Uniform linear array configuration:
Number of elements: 24
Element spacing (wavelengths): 0.5
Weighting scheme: uniform
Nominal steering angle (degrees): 60
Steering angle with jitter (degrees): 61.37
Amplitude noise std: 0.05
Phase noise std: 0.05

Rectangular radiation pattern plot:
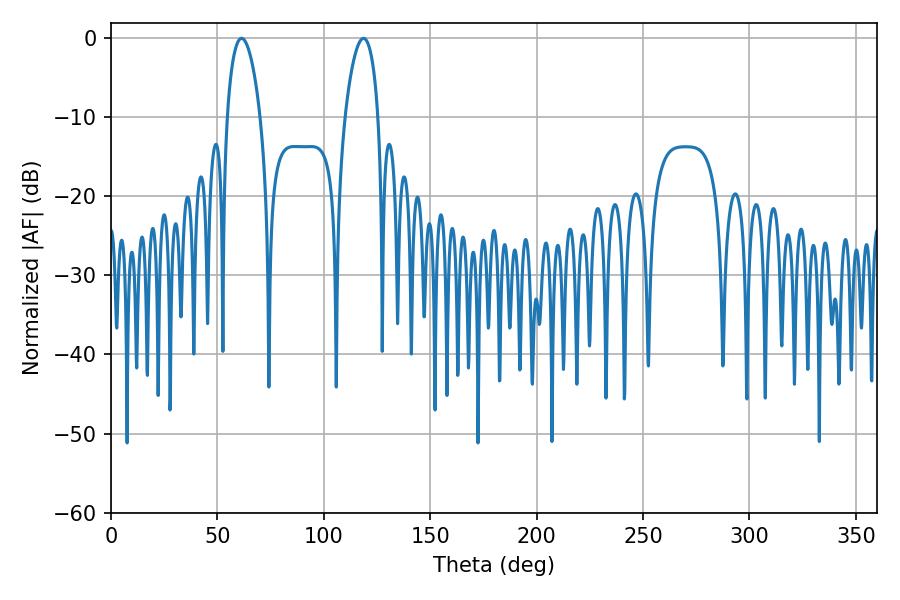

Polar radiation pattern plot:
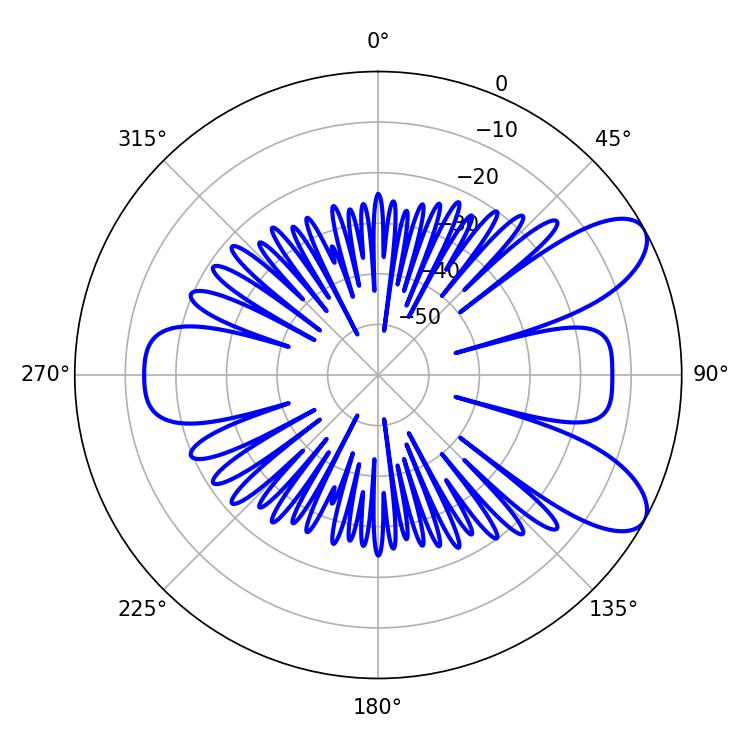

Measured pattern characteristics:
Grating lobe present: FALSE
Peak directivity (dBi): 8.417
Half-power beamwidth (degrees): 8.82
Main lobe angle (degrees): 61.38